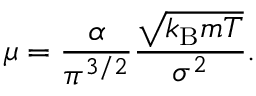
\mu = { \frac { \alpha } { \pi ^ { 3 / 2 } } } { \frac { \sqrt { k _ { \mathrm { B } } m T } } { \sigma ^ { 2 } } } .